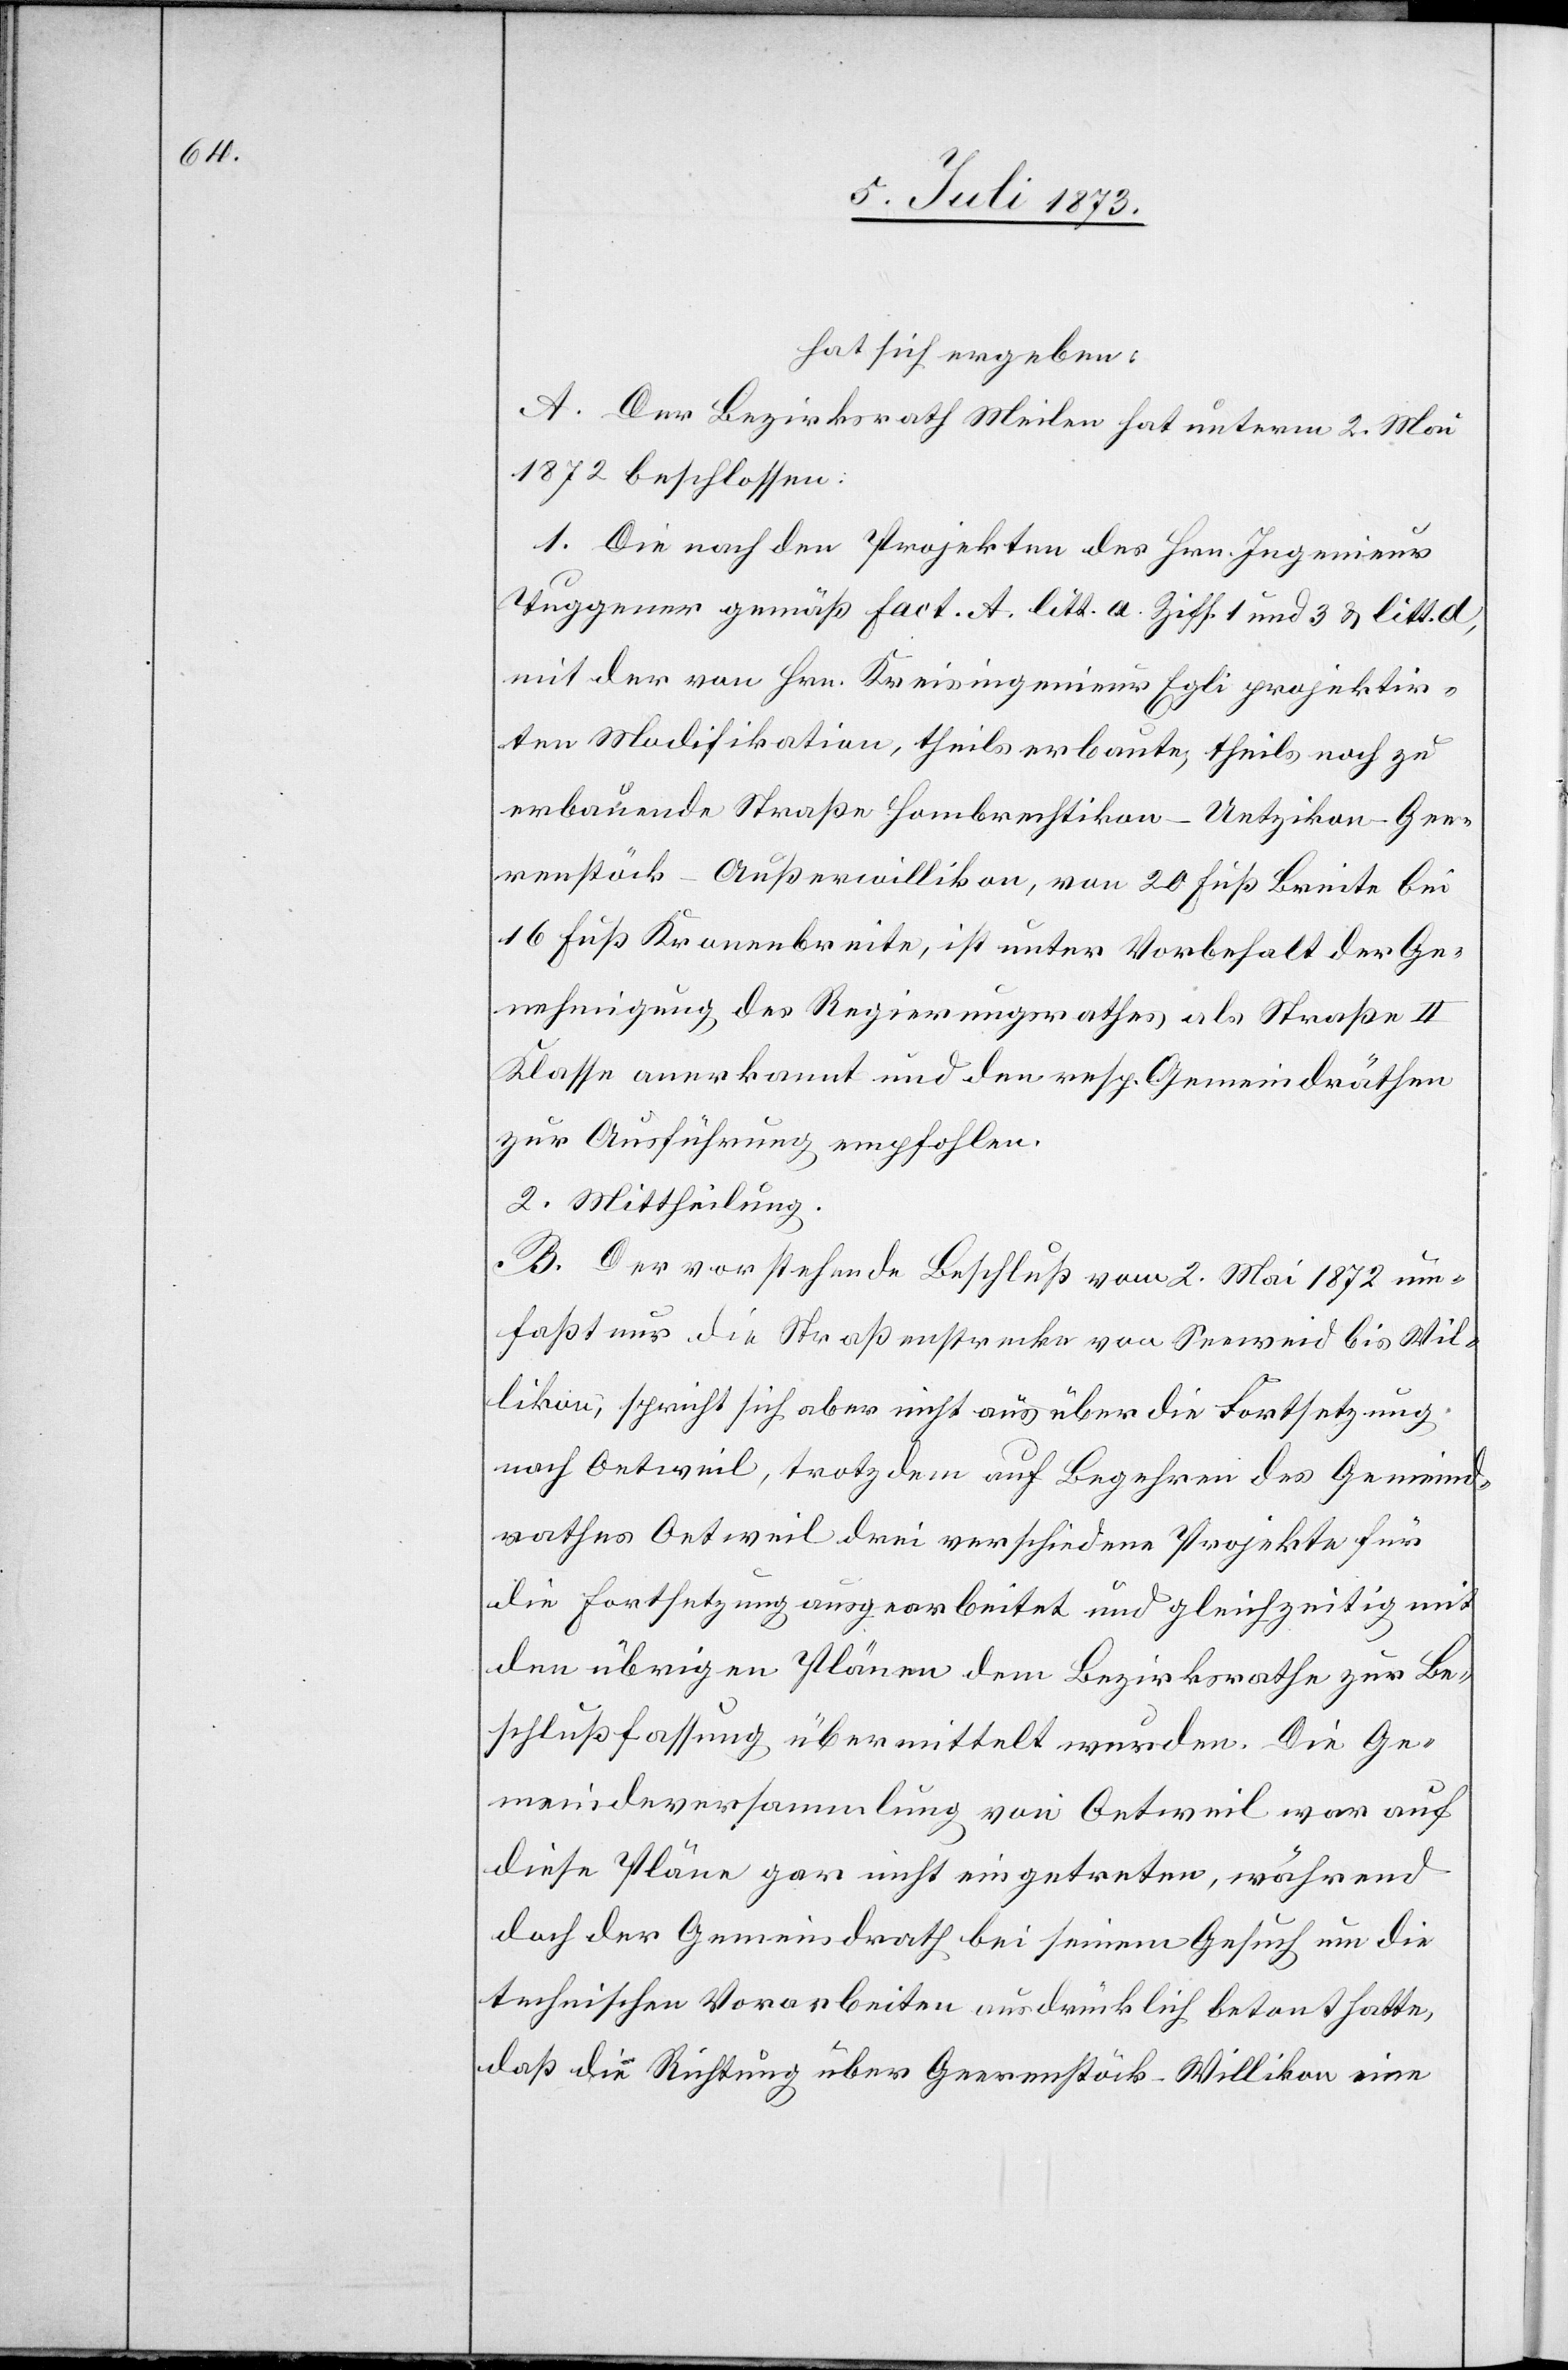
hat sich ergeben:
A. Der Bezirksrath Meilen hat unterm 2. Mai
1872 beschlossen:
1. Die nach den Projekten des Hrn. Ingenieur
Tuggener gemäß fact. A. litt. a. Ziff. 1 und 3 & litt. d,
mit der von Hrn. Kreisingenieur Egli projektir¬
ten Modifikation, theils erbaute, theils noch zu
erbauende Straße Hombrechtikon–Uetzikon–Gee¬
renstöck–Außerwillikon, von 20 Fuß Breite bei
16 Fuß Kronenbreite, ist unter Vorbehalt der Ge¬
nehmigung des Regierungsrathes als Straße II
Klasse anerkannt und den resp. Gemeindräthen
zur Ausführung empfohlen.
2. Mittheilung.
B. Der vorstehende Beschluß vom 2. Mai 1872 um¬
faßt nur die Straßenstrecke von Seeweid bis Wil¬
likon, spricht sich aber nicht aus über die Fortsetzung
nach Oetweil, trotzdem auf Begehren des Gemeind¬
rathes Oetweil drei verschiedene Projekte für
die Fortsetzung ausgearbeitet und gleichzeitig mit
den übrigen Plänen dem Bezirksrathe zur Be¬
schlußfassung übermittelt wurden. Die Ge¬
meindeversammlung von Oetweil war auf
diese Pläne gar nicht eingetreten, während
doch der Gemeindrath bei seinem Gesuch um die
technischen Vorarbeiten ausdrücklich betont hatte,
daß die Richtung über Geerenstöck–Willikon eine